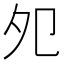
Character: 夗